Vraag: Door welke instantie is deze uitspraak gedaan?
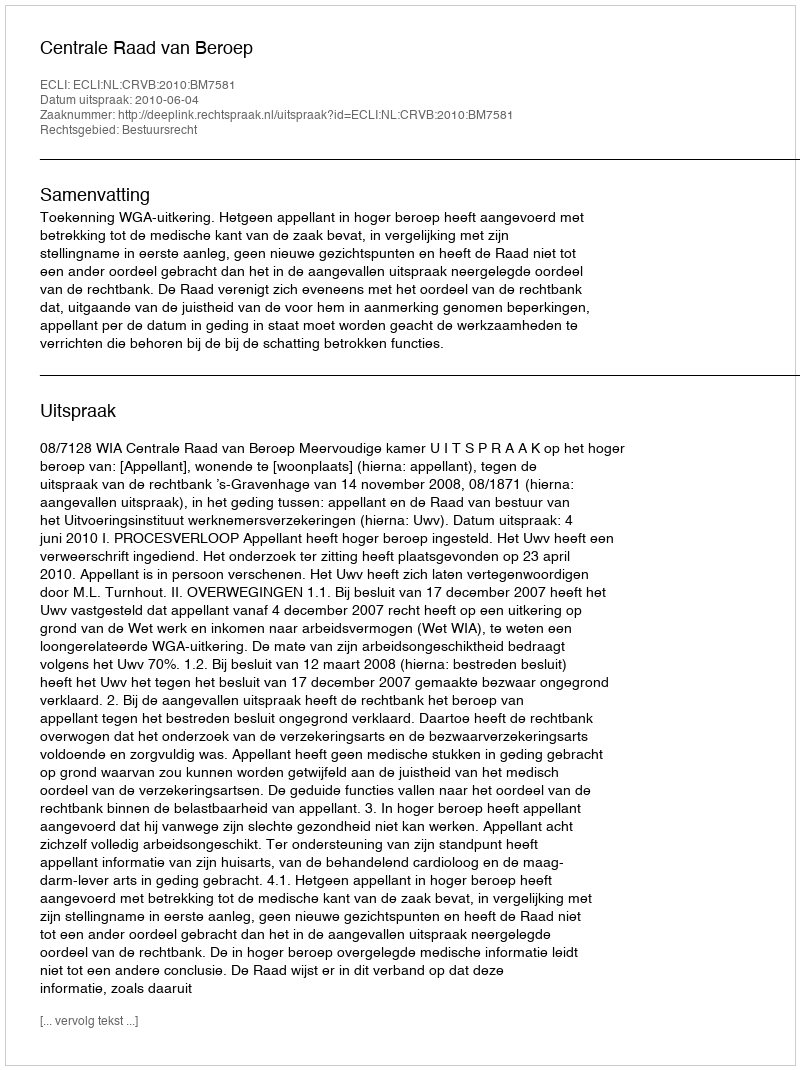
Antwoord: Centrale Raad van Beroep